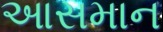
આસમાન